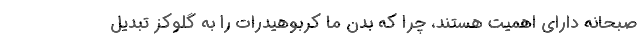
صبحانه دارای اهمیت هستند، چرا که بدن ما کربوهیدرات را به گلوکز تبدیل